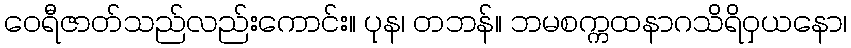
ဝေရီဇာတ်သည်လည်းကောင်း။ ပုန၊ တဘန်။ ဘမစက္ကထနာဂသိရိဝှယနော၊